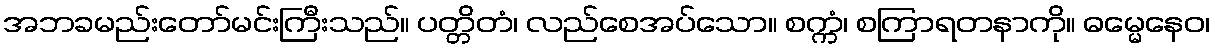
အဘခမည်းတော်မင်းကြီးသည်။ ပတ္တိတံ၊ လည်စေအပ်သော။ စက္ကံ၊ စကြာရတနာကို။ ဓမ္မေနေဝ၊